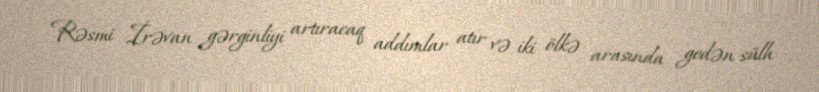
Rəsmi İrəvan gərginliyi artıracaq addımlar atır və iki ölkə arasında gedən sülh